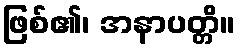
ဖြစ်၏၊ အနာပတ္တိ။